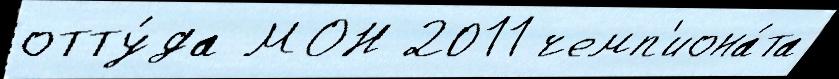
отту́да МОН 2011 чемп'иона́та